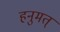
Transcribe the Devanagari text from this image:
हनुमत्